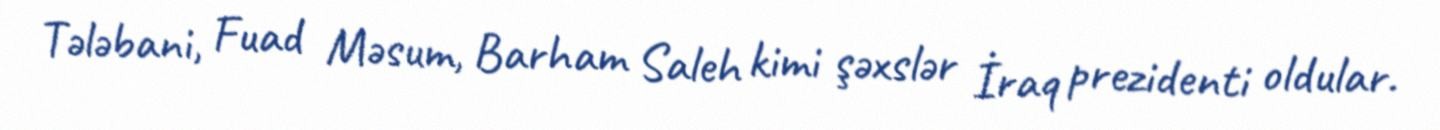
Tələbani, Fuad Məsum, Barham Saleh kimi şəxslər İraq prezidenti oldular.